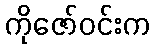
ကိုဇော်ဝင်းက